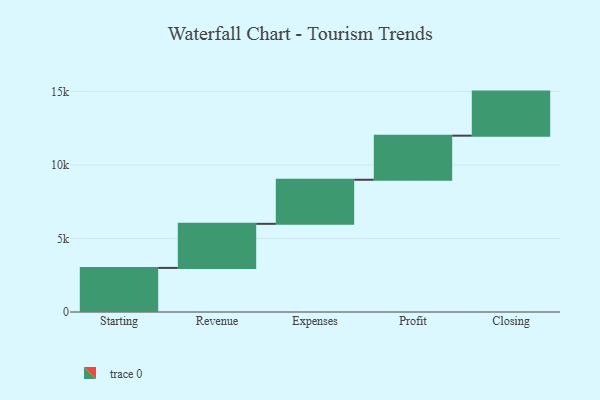
{"axis": {"x": "Step", "y": "Value"}, "legend": [""], "data": [{"x": "Starting", "y": 3000, "type": ""}, {"x": "Revenue", "y": 3000, "type": ""}, {"x": "Expenses", "y": 3000, "type": ""}, {"x": "Profit", "y": 3000, "type": ""}, {"x": "Closing", "y": 3000, "type": ""}]}